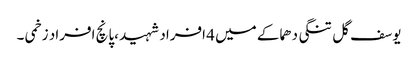
یوسف گل تنگی دھماکے میں 4 افراد شہید ،پانچ افراد زخمی ۔